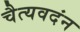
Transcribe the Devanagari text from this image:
चैत्यवदंन